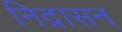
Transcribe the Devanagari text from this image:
निद्रासन